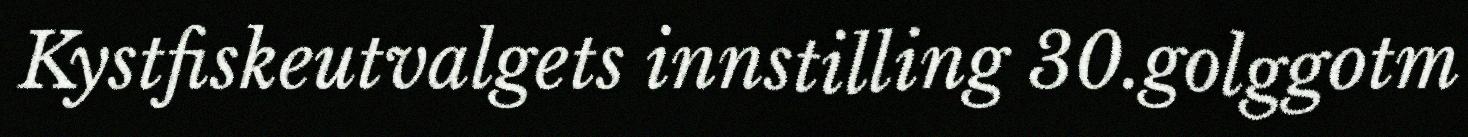
Kystfiskeutvalgets innstilling 30.golggotm